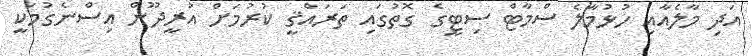
އަދި މާލެއާއި ހުޅުމާލެ ސްމާޓް ސިޓީގެ ގޮތުގައި ތަރައްޤީ ކުރުމަށް އުރީދޫން އިސްނެގުމަކީ